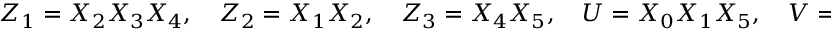
Z _ { 1 } = X _ { 2 } X _ { 3 } X _ { 4 } , \quad Z _ { 2 } = X _ { 1 } X _ { 2 } , \quad Z _ { 3 } = X _ { 4 } X _ { 5 } , \quad U = X _ { 0 } X _ { 1 } X _ { 5 } , \quad V = - X _ { 0 } X _ { 3 } .